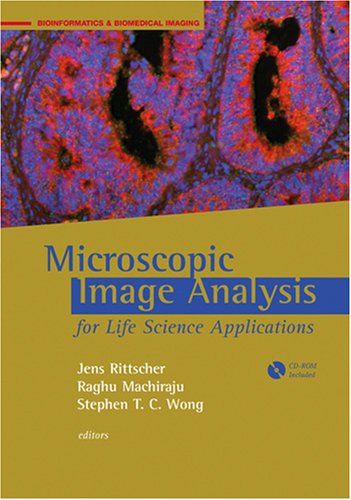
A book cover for Microscopic Image Analysis for Life Science Applications (Bioinformatics & Biomedical Imaging); Medical Books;